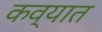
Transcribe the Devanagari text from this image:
कव्यात